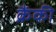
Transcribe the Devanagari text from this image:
क्रैंकी